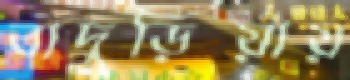
বাদুড়িয়ায়